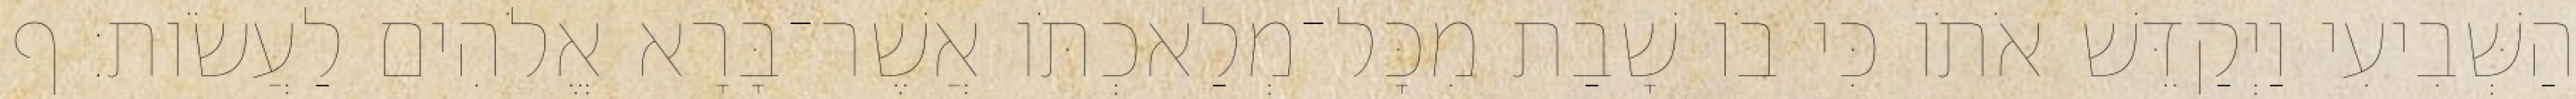
הַשְּׁבִיעִי וַיְקַדֵּשׁ אֹתֹו כִּי בֹו שָׁבַת מִכָּל־מְלַאכְתֹּו אֲשֶׁר־בָּרָא אֱלֹהִים לַעֲשֹׂות׃ ף